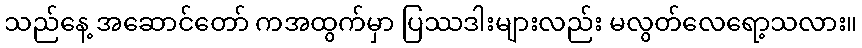
သည်နေ့ အဆောင်တော် ကအထွက်မှာ ပြဿဒါးများလည်း မလွတ်လေရော့သလား။